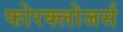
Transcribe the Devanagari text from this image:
फोरक्लोजर्स